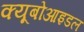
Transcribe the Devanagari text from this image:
क्यूबोआइडल